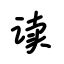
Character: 读